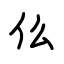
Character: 仫